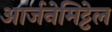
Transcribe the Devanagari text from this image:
आर्जनेमिट्टेल